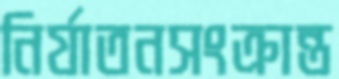
নির্যাতনসংক্রান্ত